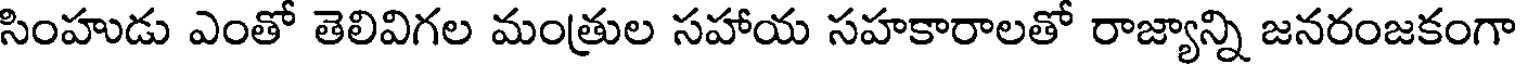
సింహుడు ఎంతో తెలివిగల మంత్రుల సహాయ సహకారాలతో రాజ్యాన్ని జనరంజకంగా